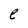
Character: e